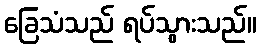
ခြေသံသည် ရပ်သွားသည်။